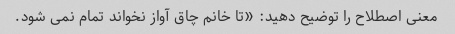
معنی اصطلاح را توضیح دهید: «تا خانم چاق آواز نخواند تمام نمی شود.